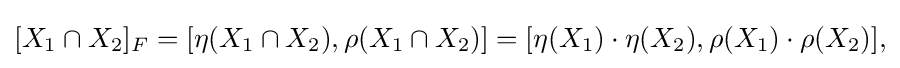
{\textstyle [X_{1}\cap X_{2}]_{F}=[\eta (X_{1}\cap X_{2}),\rho (X_{1}\cap X_{2})]=[\eta (X_{1})\cdot \eta (X_{2}),\rho (X_{1})\cdot \rho (X_{2})],}